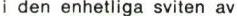
i den enhetliga sviten av